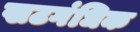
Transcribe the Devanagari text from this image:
खटगंधिक